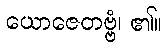
ယောဇေတဗ္ဗံ၊ ၏။